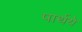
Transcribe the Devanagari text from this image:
पार्थये